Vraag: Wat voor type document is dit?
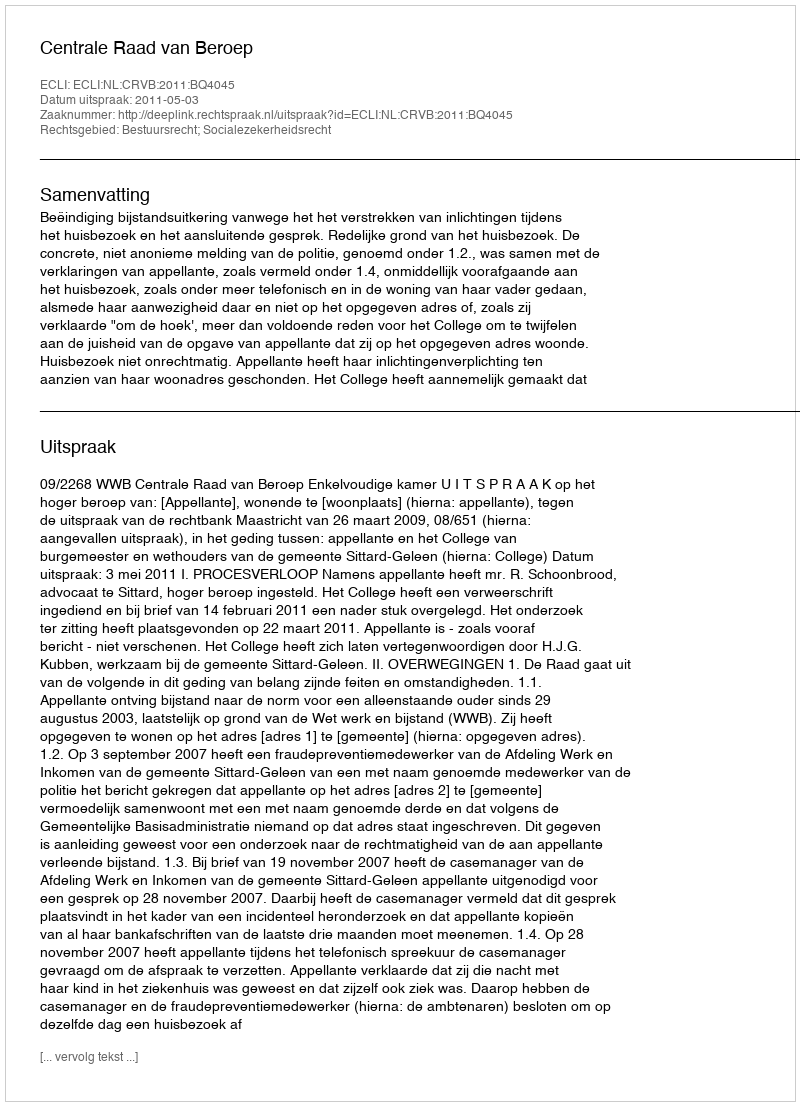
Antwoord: Uitspraak